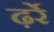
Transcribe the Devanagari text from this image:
ढ़र्रे